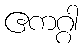
ဧကဂ္ဂါ